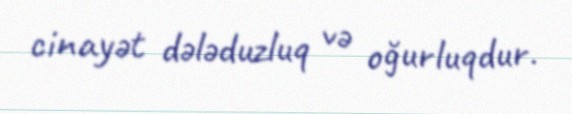
cinayət dələduzluq və oğurluqdur.